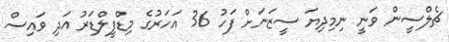
ޗެލްސީން ވަނީ ނިމިދިޔަ ސީޒަނަށް ފަހު 36 އަހަރުގެ މިޑްފީލްޑަރު އަދި ވައިސް